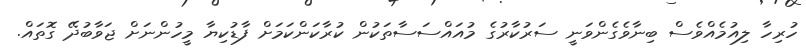
ހުރިހާ ލިއުމެއްވެސް ބިނާވެގެންވަނީ ސަރުކާރުގެ މުއައްސަސާތަކުން ކުރާކަންކަމަށް ފާޑުކިޔާ މީހުންނަށް ޖަވާބުދޭ ގޮތައް.